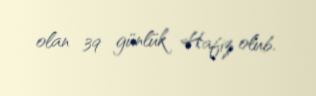
olan 39 günlük Hafiz olub.